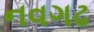
નવગઢ